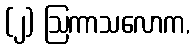
(၂) ဩကာသလောက,